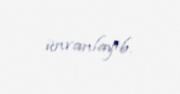
ünvanlayıb.